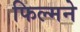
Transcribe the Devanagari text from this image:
फिल्मने